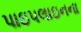
પાઇપલાઇનના